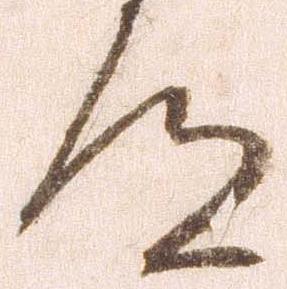
道